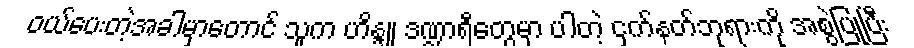
ဝယ်ပေးတဲ့အခါမှာတောင် သူက ဟိန္ဒူ ဒဏ္ဍာရီတွေမှာ ပါတဲ့ ငှက်နတ်ဘုရားကို အစွဲပြုပြီး